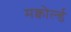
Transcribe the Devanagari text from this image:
मक्वोर्ल्ड